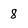
Character: 8